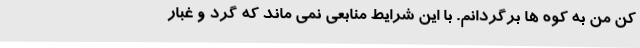
کن من به کوه ها برگردانم. با این شرایط منابعی نمی ماند که گرد و غبار